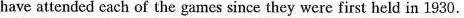
have attended cach of the games since they were first held in 1930.